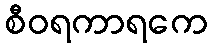
စီဝရကာရကေ